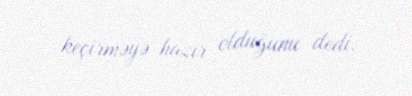
keçirməyə hazır olduğunu dedi.